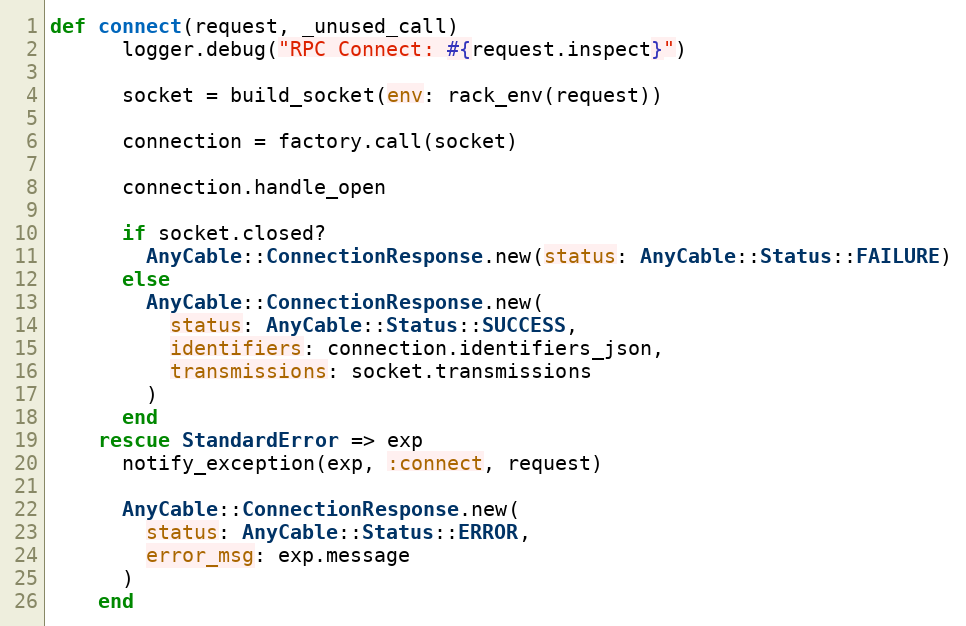
Language: Ruby
def connect(request, _unused_call)
      logger.debug("RPC Connect: #{request.inspect}")

      socket = build_socket(env: rack_env(request))

      connection = factory.call(socket)

      connection.handle_open

      if socket.closed?
        AnyCable::ConnectionResponse.new(status: AnyCable::Status::FAILURE)
      else
        AnyCable::ConnectionResponse.new(
          status: AnyCable::Status::SUCCESS,
          identifiers: connection.identifiers_json,
          transmissions: socket.transmissions
        )
      end
    rescue StandardError => exp
      notify_exception(exp, :connect, request)

      AnyCable::ConnectionResponse.new(
        status: AnyCable::Status::ERROR,
        error_msg: exp.message
      )
    end